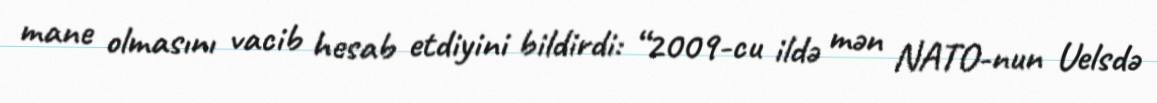
mane olmasını vacib hesab etdiyini bildirdi: “2009-cu ildə mən NATO-nun Uelsdə